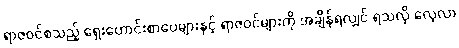
ရာဇဝင်စသည့် ရှေးဟောင်းစာပေများနှင့် ရာဇဝင်များကို အချိန်ရလျှင် ရသလို လေ့လာ